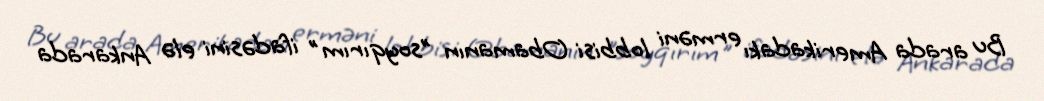
Bu arada Amerikadakı erməni lobbisi Obamanın "soyqırım" ifadəsini elə Ankarada